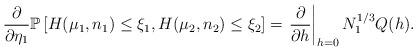
LaTeX: \begin{align*}\frac{\partial}{\partial\eta_1}\mathbb{P}\left[H(\mu_1,n_1)\le\xi_1,H(\mu_2,n_2)\le\xi_2\right]=\left.\frac{\partial}{\partial h}\right|_{h=0}N_1^{1/3}Q(h).\end{align*}